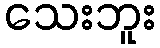
သေးဘူး